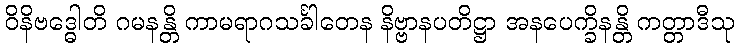
ဝိနိဗဒ္ဓေါတိ ဂမနန္တိ ကာမရာဂသင်္ခါတေန နိဗ္ဗာနပတိဋ္ဌာ အနပေက္ခိနန္တိ ကတ္တာဒီသု